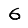
Digit: 6